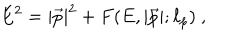
E ^ { 2 } = | { \vec { p } } | ^ { 2 } + F ( E , | { \vec { p } } | ; \ell _ { p } ) ~ ,